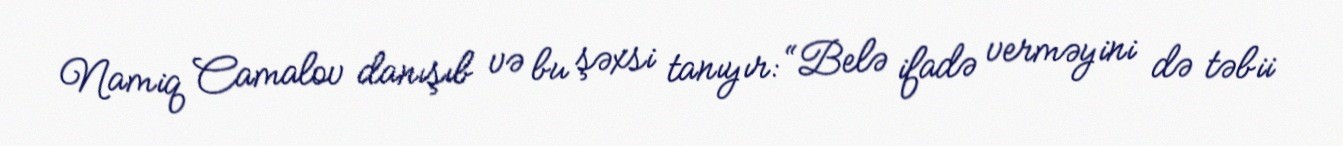
Namiq Camalov danışıb və bu şəxsi tanıyır: “Belə ifadə verməyini də təbii